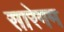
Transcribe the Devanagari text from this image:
सारेगम